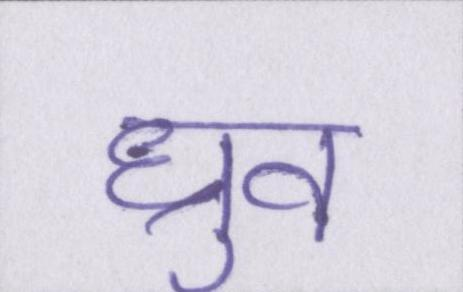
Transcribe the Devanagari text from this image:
ध्रुव